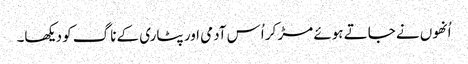
اُنھوں نے جاتے ہوئے مڑ کر اُس آدمی اور پٹاری کے ناگ کو دیکھا۔